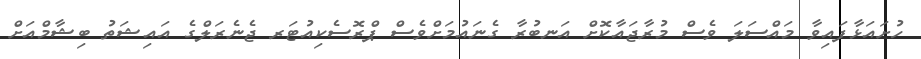
ހުށައަޅާފައިވާ މައްސަލަ ވެސް މުރާޖައާކޮށް އަނބުރާ ގެނައުމަށްވެސް ޕްރޮސެކިއުޓަރ ޖެނެރަލްގެ އައިޝަތު ބިޝާމްއަށް